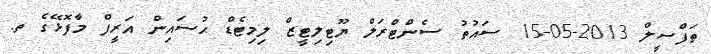
ތަފްސީލް 2013-05-15 ސައުތު ސެންޓްރަލް ޔޫޓިލިޓީޒް ލިމިޓެޑް ޙުސައިން އަރީފް މާފޮޅޭގެ ތ.